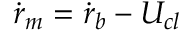
\dot { r } _ { m } = \dot { r } _ { b } - U _ { c l }